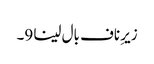
زیرِ ناف بال لینا 9۔